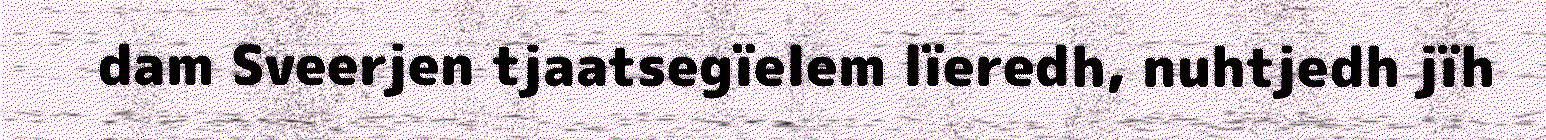
dam Sveerjen tjaatsegïelem lïeredh, nuhtjedh jïh